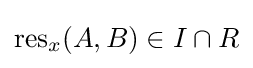
\operatorname {res} _{x}(A,B)\in I\cap R